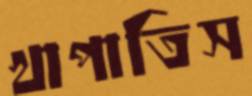
খাপাতিস